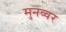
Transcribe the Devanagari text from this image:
मुनव्‍वर